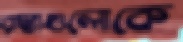
রাস্তাগুলোকে